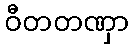
ဝီတတဏှာ